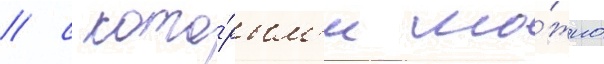
/ с кото́рым'и мо́жно